Annual administration and progress report of the Indian Medical Department, Bombay
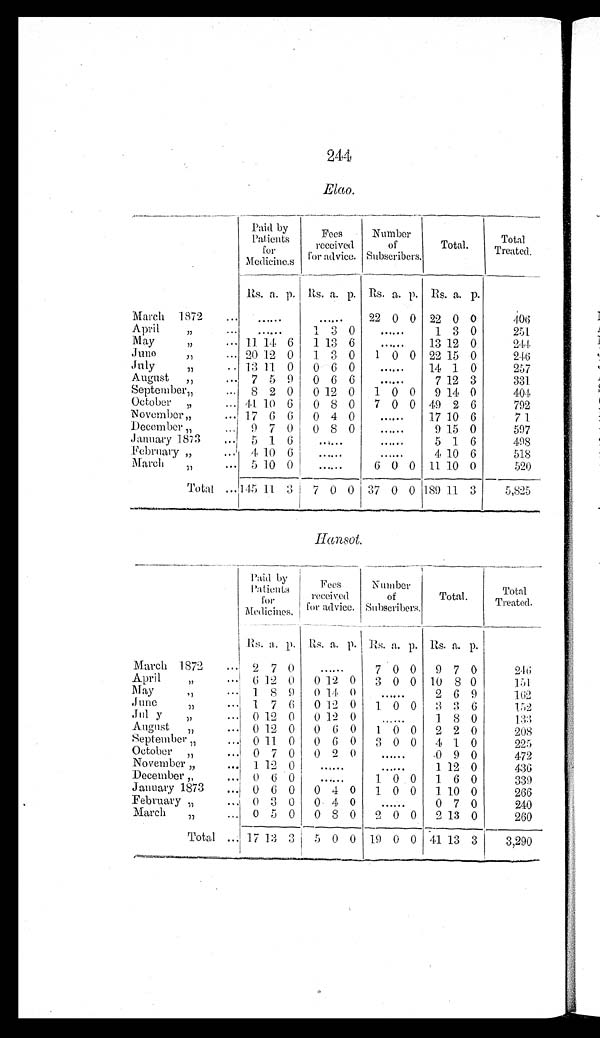
244
Elao.
Paid by
Patients
for
Medicines
Fees
received
for advice.
Number o f
Subscribers
.
Total.
Total
Treated.
Rs.
a. p.
Rs.
a. p. Rs. a. p. Rs. a. p.
March 1872
...
......
......
22 0 0 22 0 0
4 0 6
April
"
... ......
1 3 0 ......
1 3 0
251
May
"
... 11 14 6
1 13 6 ......
13 12 0
2 4 4
June
"
... 20 12 0
1 3 0
1 0 0 22 15 0
2 4 6
July
"
... 13 11 0
0 6 0 ......
14 1 0
257
August "
... 7 5 9
0 6 6 ......
7 12 3
331
September"
... 8 2 0
0 12 0
1 0 0
9 14 0
4 0 4
October "
... 44 10 6
0 8 0
7 0 0 49 2 6
792
November"
... 17 6 6
0 4 0 ......
17 10 6
7 1
December"
...
9 7 0
0 8 0 ......
9 15 0
597
January 1873
... 5 1 6 ......
......
5 1 6
4 9 8
February "
. . .
4 10 6 ......
......
4 10 6
518
March
"
... 5 10 0 ......
6 0 0 11 10 0
5 2 0
Total ...145 11 3
7 0 0 37 0 0 189 11 3
5,825
Hansot.
Paid by
Patients
f o r
Medicines.
Fees
received
for advice.
Number
of
Subscribers.
Total.
To t a l
Treated.
Rs. a. p. Rs. a. p. Rs. a. p. Rs. a. p.
March 1872
... 2 7 0
......
7 0 0
9 7 0
2 4 6
April
"
... 6 12 0
0 12 0
3 0 0 10 8 0
1 5 1
May " ...
1 8 9 0 14 0 ......
2 6 9
162
June " ...
1 7 6
0 12 0
1 0 0
3 3 6
1 5 2
July
"
... 0 12 0 0 12 0 ......
1 8 0
1 3 3
August " ...
0 12 0
0 6 0
1 0 0
2 2 0
208
September "
... 0 11 0 0 6 0 3 0 0
4 1 0
225
October "
... 0 7 0
0 2 0 ......
0 9 0
472
November "
... 1 12 0 ......
......
1 12 0
436
December "
... 0 6 0 ......
1 0 0
1 6 0
339
Januaru 1873
... 0
6 0
0 4 0
1 0 0
1 10 0
266
February "
... 0
3 0
0 4 0 ......
0 7 0
240
March
"
... 0 5 0
0 8 0
2 0 0
2 13 0
260
Total
...
17 13 3
5 0 0 19 0 0 41 13 3
3 , 2 9 0